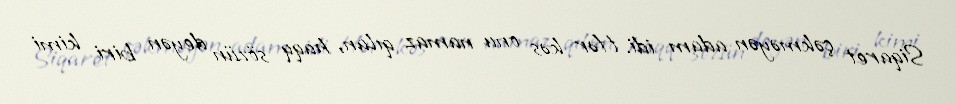
Siqaret çəkməyən adam idi. Hər kəs onu namaz qılan, haqq sözün deyən biri kimi